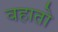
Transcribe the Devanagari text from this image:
वहातो